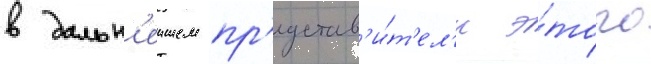
в дальн'еишем пр'едстав'и́т'ел'и э́того